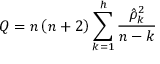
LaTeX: Q = n \left( n + 2 \right) \sum _ { k = 1 } ^ { h } { \frac { { \hat { \rho } } _ { k } ^ { 2 } } { n - k } }